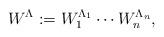
LaTeX: \begin{align*} W^\Lambda := W_1^{\Lambda_1} \cdots W_n^{\Lambda_n}, \end{align*}